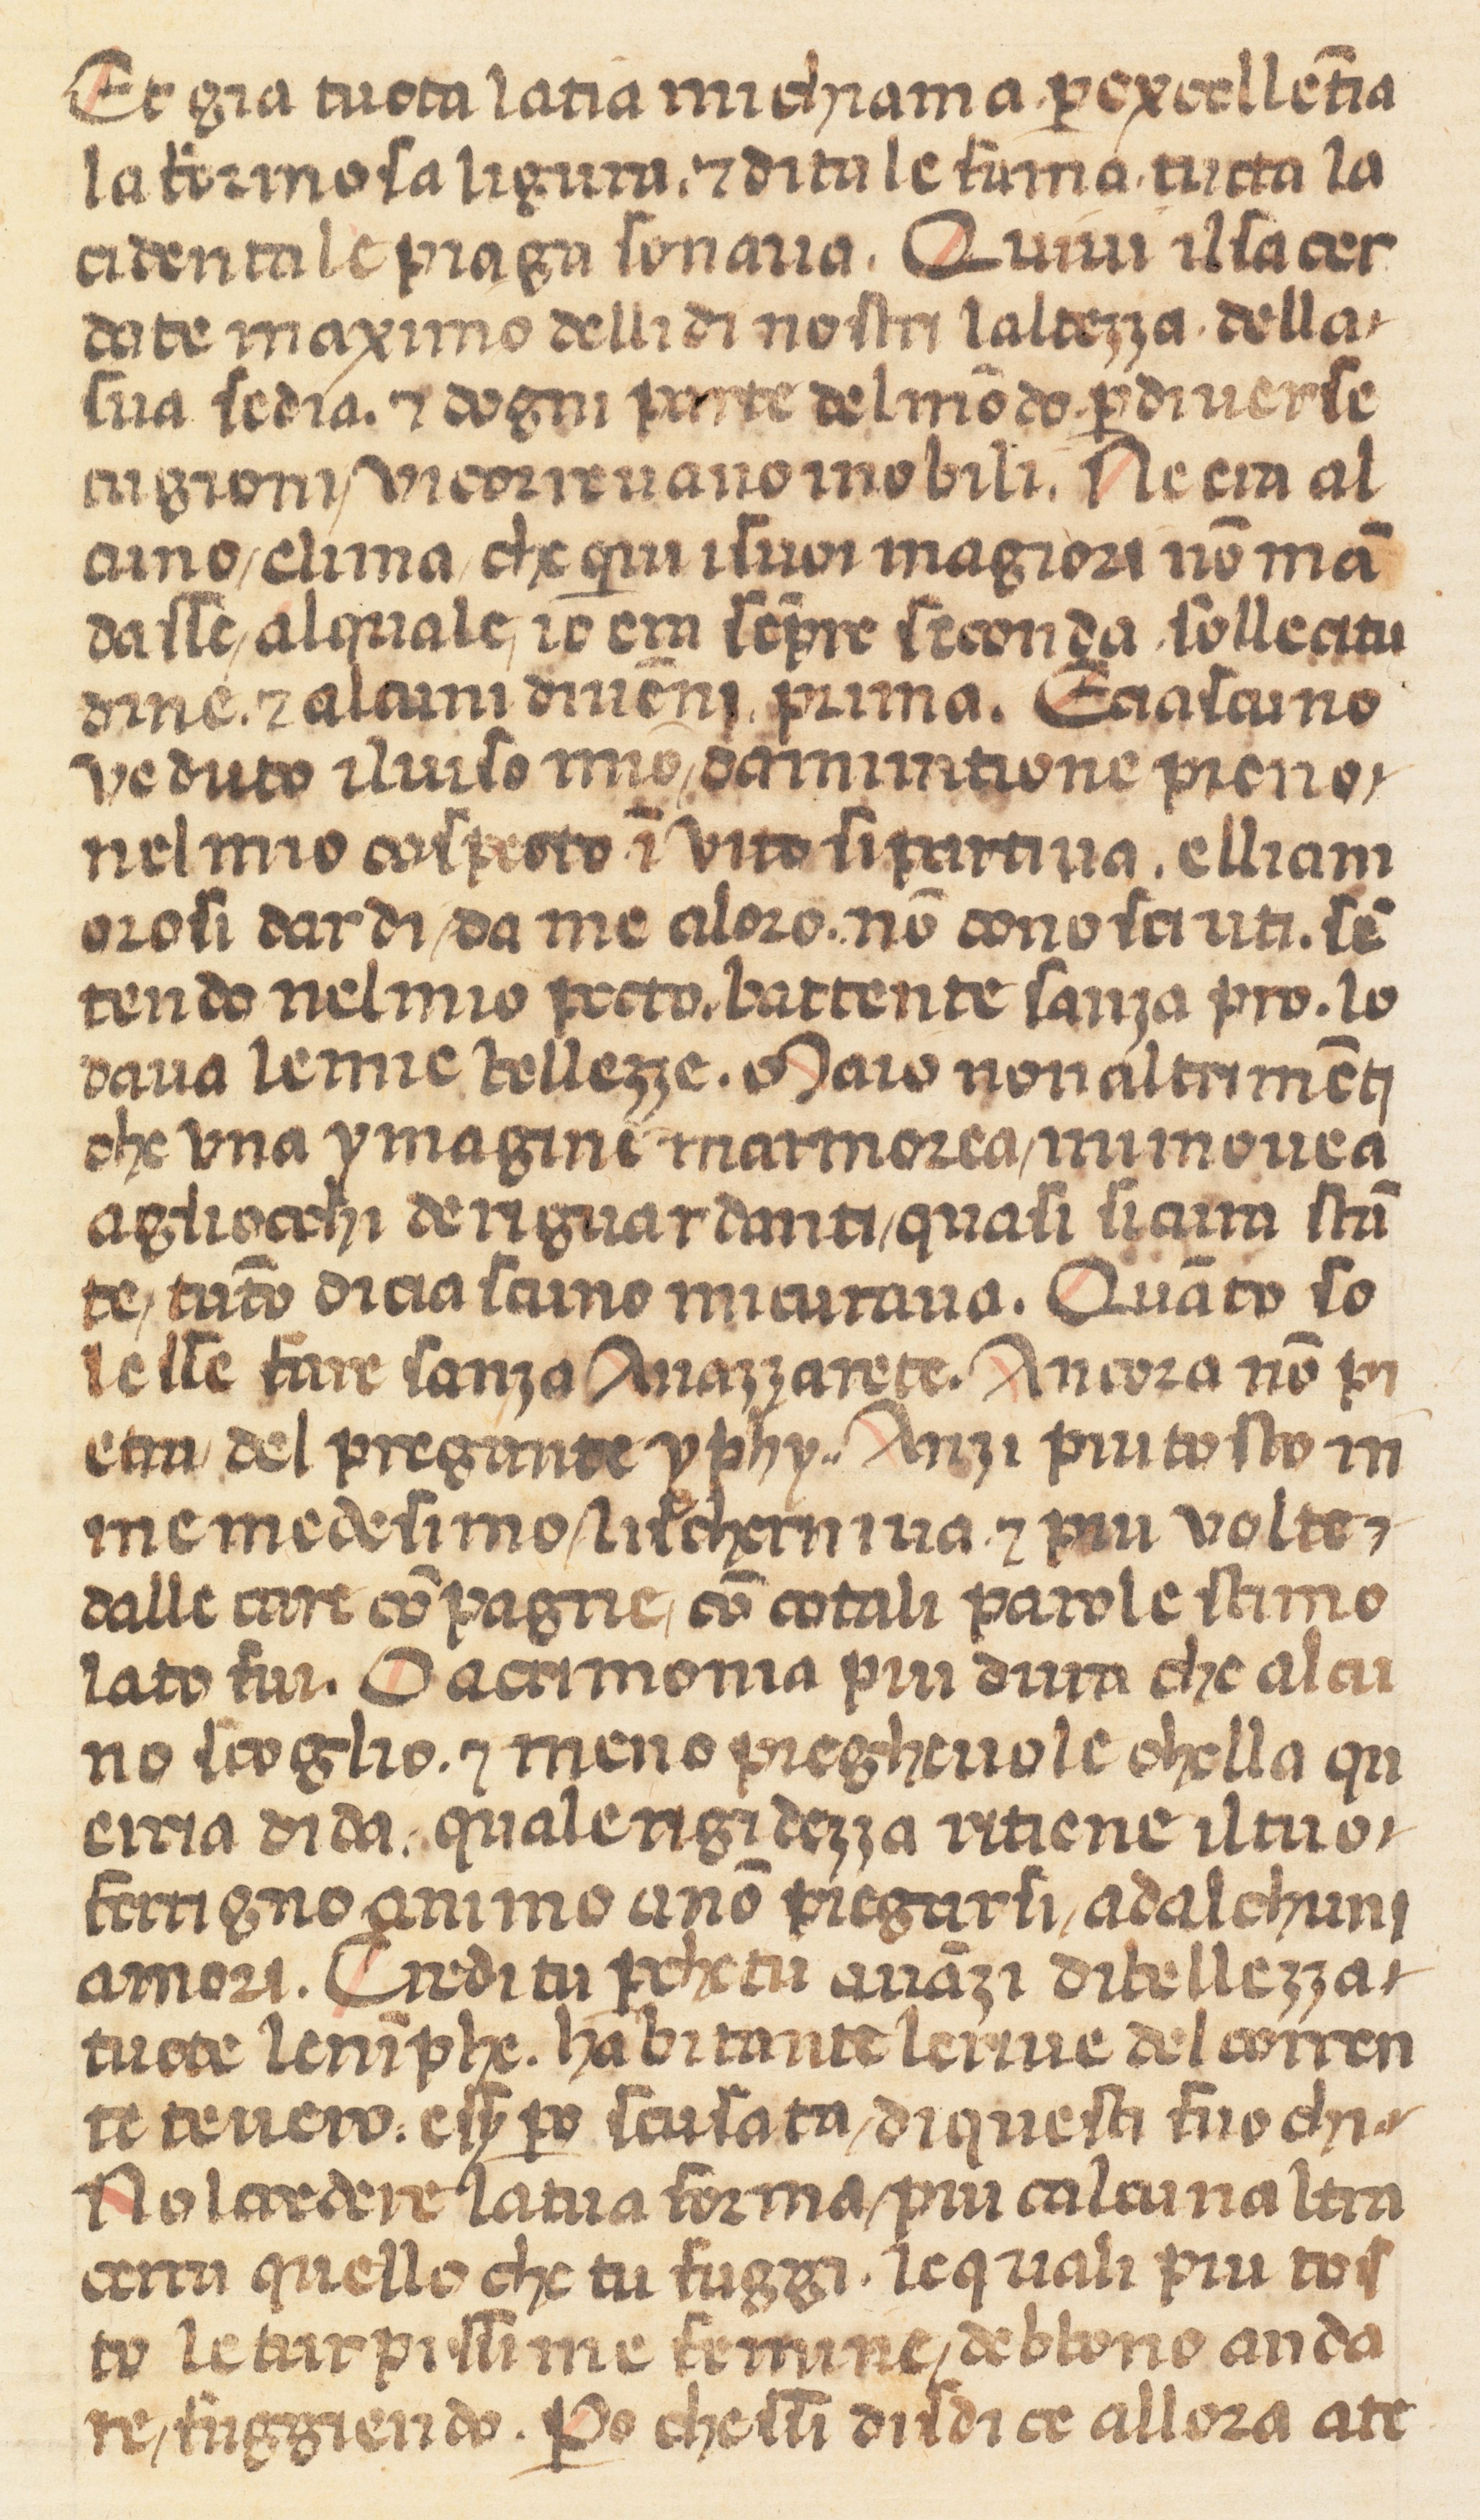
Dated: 1360–1370